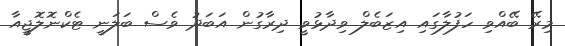
މިރޭ ބޭއްވި ހަފުލާގައި އިޒަބެލް ވިދާޅުވީ ދިރާގުން އަބަދު ވެސް ބަލަނީ ޓެކްނޮލޮޖީއާ